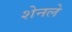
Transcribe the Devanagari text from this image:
शेनले